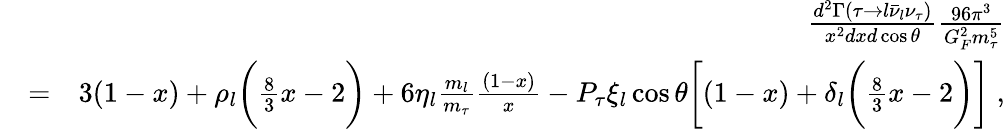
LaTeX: \begin{array}{rlr}&{}&{{\frac{d^{2}\Gamma(\tau\to l\bar{\nu}_{l}\nu_{\tau})}{x^{2}dxd\cos\theta}}{\frac{96\pi^{3}}{G_{F}^{2}m_{\tau}^{5}}}}\\ &{=}&{3(1-x)+\rho_{l}\bigg({\frac{8}{3}}x-2\bigg)+6\eta_{l}{\frac{m_{l}}{m_{\tau}}}{\frac{(1-x)}{x}}-P_{\tau}\xi_{l}\cos\theta\bigg[(1-x)+\delta_{l}\bigg({\frac{8}{3}}x-2\bigg)\bigg]\; ,}\end{array}